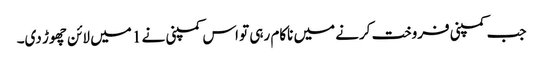
جب کمپنی فروخت کرنے میں ناکام رہی تو اس کمپنی نے 1 میں لائن چھوڑ دی۔